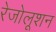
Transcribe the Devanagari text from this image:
रेजोलूशन